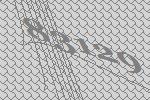
83129